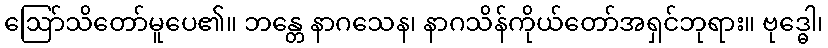
ဩော်သိတော်မူပေ၏။ ဘန္တေ နာဂသေန၊ နာဂသိန်ကိုယ်တော်အရှင်ဘုရား။ ဗုဒ္ဓေါ၊